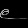
Digit: ၉